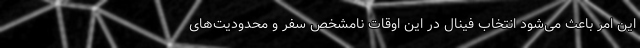
این امر باعث می‌شود انتخاب فینال در این اوقات نامشخص سفر و محدودیت‌های